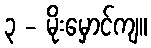
၃ - မိုးမှောင်ကျ။